Medical and sanitary report of the native army of Bengal for the year
Year: 1877
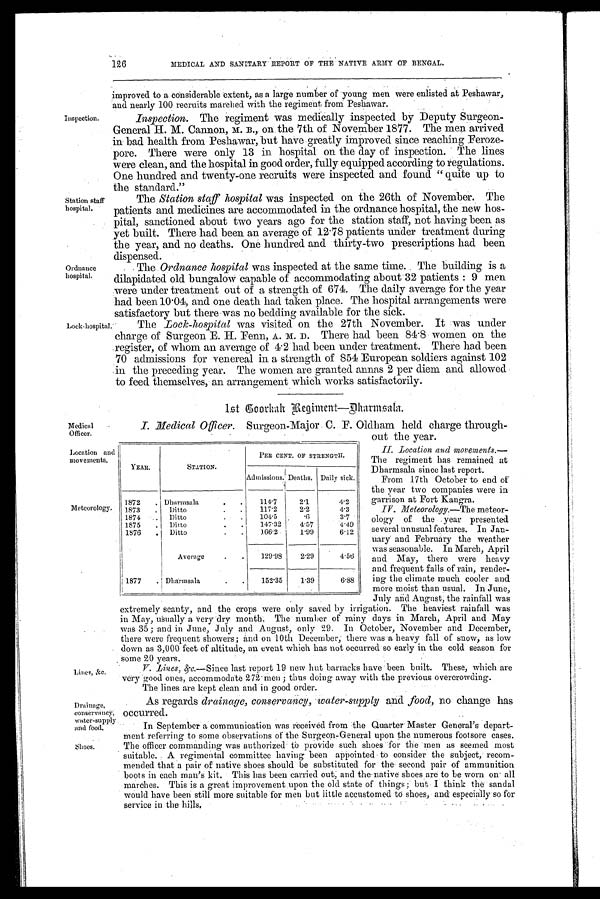
126
MEDICAL AND SANITARY REPORT OF THE NATIVE ARMY OF BENGAL.
improved to a considerable extent, as a large number of young men were enlisted at Peshawar,
and nearly 100 recruits marched with the regiment, from Peshawar.
Inspection. Inspection. The regiment was medically inspected by Deputy Surgeon-
General H. M. Cannon, M. B., on the 7th of November 1877. The men arrived
in bad health from Peshawar, but have greatly improved since reaching Feroze-
pore. There were only 13 in hospital on the day of inspection. The lines
were clean, and the hospital in good order, fully equipped according to regulations.
One hundred and twenty-one recruits were inspected and found " quite up to
the standard."
Station staff
The Station staff hospital was inspected on the 26th of November. The
hospital. patients and medicines are accommodated in the ordnance hospital, the new hos-
pital, sanctioned about two years ago for the station staff, not having been as
yet built. There had been an average of 12.78 patients under treatment during
the year, and no deaths. One hundred and thirty-two prescriptions had been
dispensed.
Ordnance
The Ordnance hospital was inspected at the same time. The building is a
hospital. dilapidated old bungalow capable of accommodating about 32 patients : 9 men
were under treatment out of a strength of 674. The daily average for the year
had been 10.04, and one death had taken place. The hospital arrangements were
satisfactory but there was no bedding available for the sick.
Lock-hospital. The Lock-hospital was visited on the 27th November. It was under
charge of Surgeon E. H. Fenn, A. M. D. There had been 84.8 women on the
register, of whom an average of 4 . 2 had been under treatment. There had been
70 admissions for venereal in a strength of 854 European soldiers against 102
in the preceding year. The women are granted annas 2 per diem and allowed
to feed themselves, an arrangement which works satisfactorily.
Medical
Officer.
1st Coorkah Regiment—Dharmsala.
I. Medical Officer. Surgeon-Major . C. F. Oldham held charge through-
out the year.
Location and
mov ements.
YEAR.
STATION.
PER CENT. OF STRENGTH.
Admissions. Deaths. Daily sick.
1872
Dharmsala
114.7
2.1
4.2
Meteorology.
1873
Ditto
117.2
2.2
4.3
1874
Ditto
104.5
. 6
3.7
1875
Ditto
147.32
4.57
4.49
1876
Ditto
1 6 6 . 2
1 . 9 9
•
6.12
Average
129.98
2.29
4.56
1877
Dharmsala
152.35
1.39
6.88
Lines, &c.
As regards
Avater-supply and food, no change has
drainage, conservancy,
Drainage,
conservancy; occurred.
water-supply
and food,. In September a communication was received from the Quarter Master General's depart-
ment referring to some observations of the Surgeon-General upon the numerous footsore cases.
Shoes. The officer commanding was authorized to provide such shoes for the men as seemed most
suitable. A regimental committee having been appointed to consider the subject, recom-
mended that a pair of native shoes should' be substituted for the second pair of ammunition
boots in each man's kit. This has been carried out; and the native shoes are to be worn on all
marches. This is a great improvement.upon the old state of things ; but I think the sandal
would have been still more suitable for men but little accustomed to shoes, and especially so for
service in the hills,
II. Location and movements.—
The regiment has remained at
Dharmsala since last report.
From 17th October to end of
the year two companies were in
garrison at Fort Kangra.
I
IV. Meteorology.—The meteor-
ology of the year presented
several unusual features. In Jan-
nary and February the weather
was seasonable. In March, April
and May, there were heavy
and frequent falls of rain, render-
ing the climate much cooler and
more moist than usual. In June,
July and August; the rainfall was
extremely scanty, and the crops were only saved by irrigation. The heaviest rainfall was
in May, usually a very-dry month. The number of rainy days in March, April and May
was 35 ; and in June, July and August, only 29. In October, November and December,
there were frequent showers; and on 10th December; there was a heavy fall of snow, as low
down as 3,000 feet of altitude, an event which has not occurred so early in the cold season for
some 20 years,
V. Lines, &c.—Since last report 19 new hut barracks have been built. These, which are
very good ones, accommodate 272 men ; thus doing away with the previous overcrowding.
The lines are kept clean and in good order.